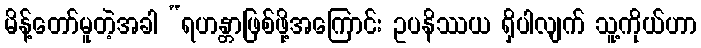
မိန့်တော်မူတဲ့အခါ “ရဟန္တာဖြစ်ဖို့အကြောင်း ဥပနိဿယ ရှိပါလျက် သူ့ကိုယ်ဟာ